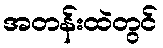
အတန်းထဲတွင်